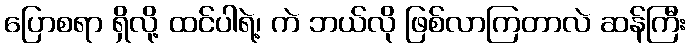
ပြောစရာ ရှိလို့ ထင်ပါရဲ့၊ ကဲ ဘယ်လို ဖြစ်လာကြတာလဲ ဆန်ကြီး